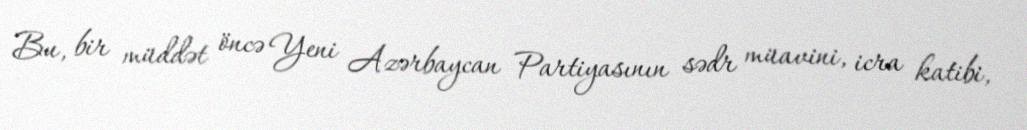
Bu, bir müddət öncə Yeni Azərbaycan Partiyasının sədr müavini, icra katibi,